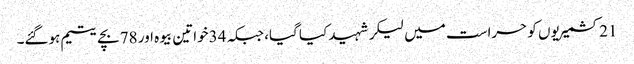
21کشمیریوں کو حراست میں لیکر شہید کیا گیا، جبکہ 34خواتین بیوہ اور 78بچے یتیم ہوگئے۔